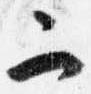
二